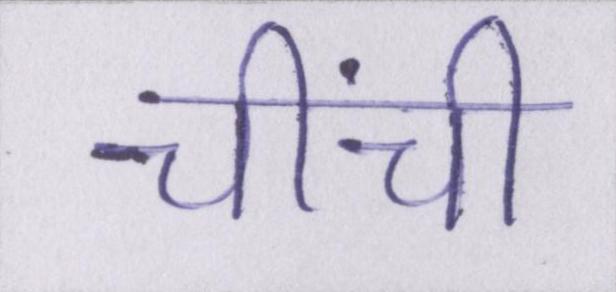
चींची